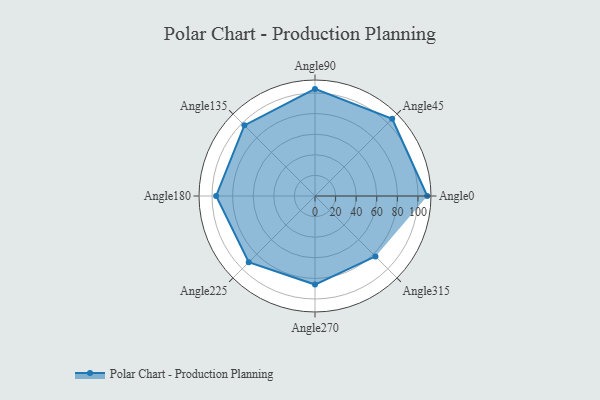
{"axis": {"x": "Angle", "y": "Radius"}, "legend": [""], "data": [{"x": "Angle0", "y": 109.0, "type": ""}, {"x": "Angle45", "y": 106.0, "type": ""}, {"x": "Angle90", "y": 104.0, "type": ""}, {"x": "Angle135", "y": 97.0, "type": ""}, {"x": "Angle180", "y": 96.0, "type": ""}, {"x": "Angle225", "y": 91.0, "type": ""}, {"x": "Angle270", "y": 86.0, "type": ""}, {"x": "Angle315", "y": 83.0, "type": ""}]}